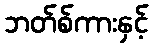
ဘတ်စ်ကားနှင့်